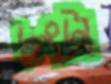
ঢংটা